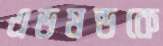
এডমন্ডকে